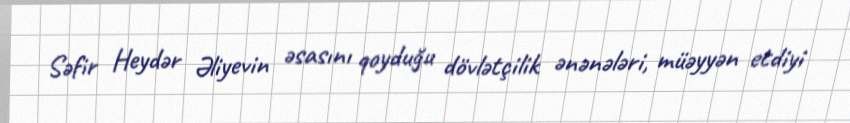
Səfir Heydər Əliyevin əsasını qoyduğu dövlətçilik ənənələri, müəyyən etdiyi